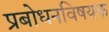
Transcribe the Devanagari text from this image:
प्रबोधनविषयक